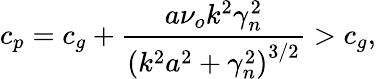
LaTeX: c_{p}=c_{g}+\frac{a\nu_{o}k^{2}\gamma_{n}^{2}}{\left(k^{2}a^{2}+\gamma_{n}^{2}\right)^{3/2}}>c_{g},